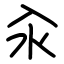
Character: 汆